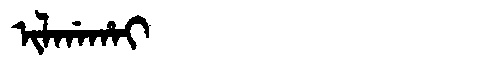
Manchu: ᡳᠯᡤᠠᡥᠠᡳ
Romanization: ILGAHAI